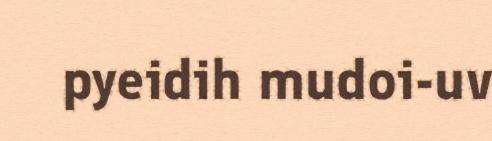
pyeidih mudoi-uv